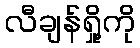
လီချန်ရှို့ကို